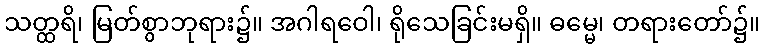
သတ္ထရိ၊ မြတ်စွာဘုရား၌။ အဂါရဝေါ၊ ရိုသေခြင်းမရှိ။ ဓမ္မေ၊ တရားတော်၌။